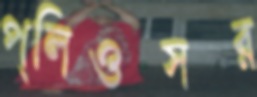
প্লিওসর